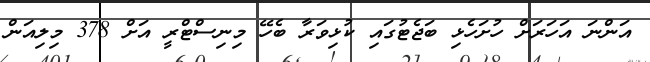
އަންނަ އަހަރަށް ހުށަހެޅި ބަޖެޓުގައި ކުޅިވަރާ ބެހޭ މިނިސްޓްރީ އަށް 378 މިލިއަން